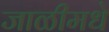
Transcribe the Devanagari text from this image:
जाळीमधे